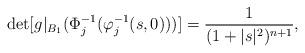
LaTeX: \begin{align*}\det[g^{}\vert_{B_1}(\Phi_j^{-1}(\varphi_j^{-1}(s,0)))]=\frac{1}{(1+\vert s \vert^2)^{n+1}},\end{align*}